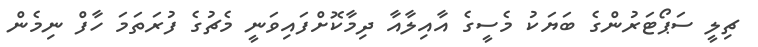
ޗިލީ ސަޕޯޓަރުންގެ ބަޔަކު މެސީގެ އާއިލާއާ ދިމާކޮށްފައިވަނީ މެޗުގެ ފުރަތަމަ ހާފް ނިމެން